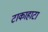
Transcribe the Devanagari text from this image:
टाकाहाटा